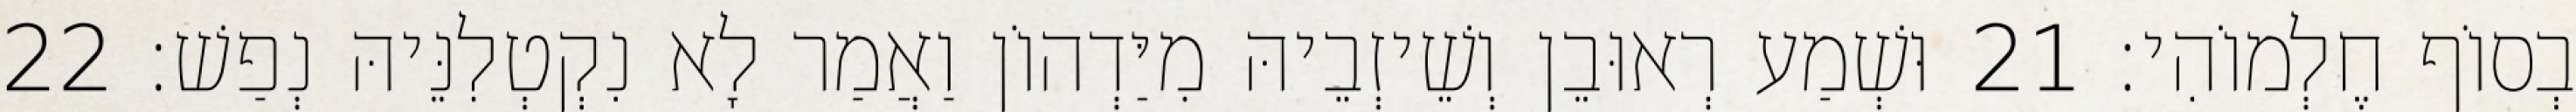
בְסוֹף חֶלְמוֹהִי׃ 21 וּשְׁמַע רְאוּבֵן וְשֵׁיזְבֵיהּ מִיַּדְהוֹן וַאֲמַר לָא נִקְטְלִנֵּיהּ נְפַשׁ׃ 22